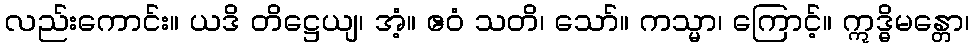
လည်းကောင်း။ ယဒိ တိဋ္ဌေယျ၊ အံ့။ ဧဝံ သတိ၊ သော်။ ကသ္မာ၊ ကြောင့်။ ဣဒ္ဓိမန္တော၊